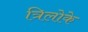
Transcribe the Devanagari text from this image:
त्रिलोके